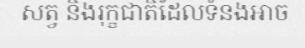
សត្វ និងរុក្ខជាតិដែលទំនងអាច